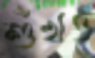
শুঁখও